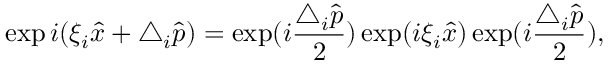
\exp i ( \xi _ { i } \hat { x } + \triangle _ { i } \hat { p } ) = \exp ( i \frac { \triangle _ { i } \hat { p } } { 2 } ) \exp ( i \xi _ { i } \hat { x } ) \exp ( i \frac { \triangle _ { i } \hat { p } } { 2 } ) ,